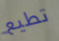
تطيع